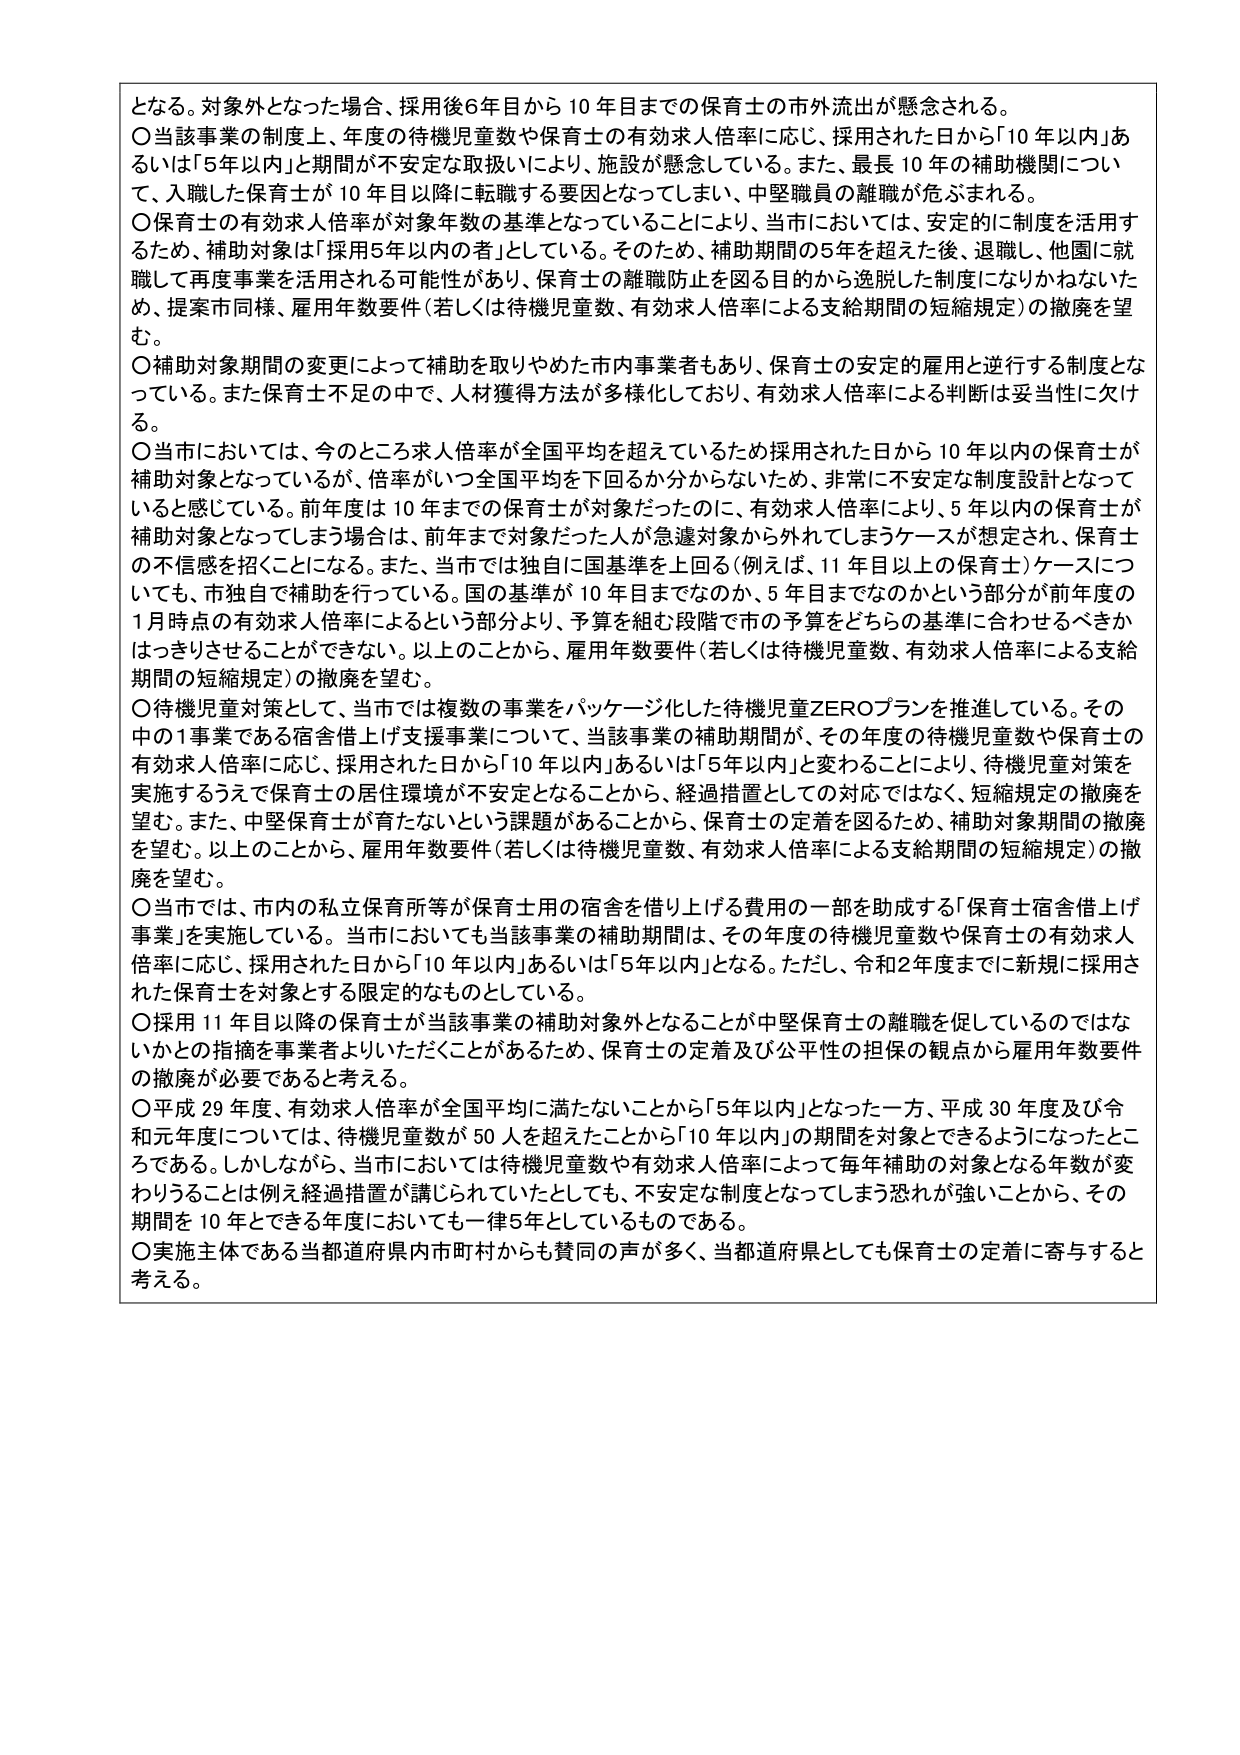
となる。対象外となった場合、採用後6年目から10年目までの保育士の市外流出が懸念される。
〇当該事業の制度上、年度の待機児童数や保育士の有効求人倍率に応じ、採用された日から「10年以内」あるいは「5年以内」期間が不安定な取扱いにより、施設が懸念している。また、最長10年の補助機関について、入職した保育士が10年目以降に転職する要因となっていまい、中堅職員の離職が危ぶまれる。
〇保育士の有効求人倍率が対象年数の基準となっていることにより、当市においては、安定的に制度を活用するため、補助対象は「採用5年以内の者」としている。そのため、補助期間の5年を超えた後、退職し、他園に就職して再度事業を活用される可能性があり、保育士の離職防止を図る目的から逸脱した制度になりかねないため、提案市同様、雇用年数要件（若しくは待機児童数、有効求人倍率による支給期間の短縮規定）の撤廃を望む。
〇補助対象期間の変更によって補助を取りやめた市内事業者もあり、保育士の安定的雇用と逆行する制度となっている。また保育士不足の中で、人材獲得方法が多様化しており、有効求人倍率による判断は妥当性に欠ける。
〇当市においては、今のところ求人倍率が全国平均を超えているため採用された日から10年以内の保育士が補助対象となっているが、倍率がいつ全国平均を下回るか分からないため、非常に不安定な制度設計となっていると感じている。前年度は10年までのが保育士が対象だったのに、有効求人倍率により、5年以内の保育士が補助対象となってしまう場合は、前年まで対象だった人が急遽対象から外れてしまうケースが想定され、保育士の不信感を招くことになる。また、当市では独自に国基準を上回る（例えば、11年目以上の保育士）ケースについても、市独自で補助を行っている。国の基準が10年目までなのか、5年目までなのかという部分が前年度の1月時点の有効求人倍率によるという部分より、予算を組む段階で市の予算をどちらの基準に合わせるべきかはっきりさせることができない。以上のことから、雇用年数要件（若しくは待機児童数、有効求人倍率による支給期間の短縮規定）の撤廃を望む。
〇待機児童対策として、当市では複数の事業をパッケージ化した待機児童ZEROプランを推進している。その中の1事業である宿舎借上げ支援事業について、当該事業の補助期間が、その年度の待機児童数や保育士の有効求人倍率に応じ、採用された日から「10年以内」あるいは「5年以内」と変更することにより、待機児童対策を実施するうえで保育士の居住環境が不安定となることから、経過措置としての対応ではなく、短縮規定の撤廃を望む。また、中堅保育士が育たないという課題があることから、保育士の定着を図るため、補助対象期間の撤廃を望む。以上のことから、雇用年数要件（若しくは待機児童数、有効求人倍率による支給期間の短縮規定）の撤廃を望む。
〇当市では、市内の私立保育所等が保育士用の宿舎を借り上げる費用の一部を助成する「保育士宿舎借上げ事業」を実施している。当市においても当該事業の補助期間は、その年度の待機児童数や保育士の有効求人倍率に応じ、採用された日から「10年以内」あるいは「5年以内」となる。ただし、令和2年度までに新規に採用された保育士を対象とする限定的なものとしている。
〇採用11年目以降の保育士が当該事業の補助対象外となることが中堅保育士の離職を促しているのではないかとの指摘を事業者よりいただくことがあるため、保育士の定着及び公平性の担保の観点から雇用年数要件の撤廃が必要であると考える。
〇平成29年度、有効求人倍率が全国平均に満たないことから「5年以内」となった一方、平成30年度及び令和元年度については、待機児童数が50人を超えたことから「10年以内」の期間を対象とするようになったところである。しかしながら、当市においては待機児童数や有効求人倍率によって毎年補助の対象となる年数が変わることは例え経過措置が講じられていたとしても、不安定な制度となってしまう恐れが強いことから、その期間を10年とできる年度においても一律5年としているものである。
〇実施主体である当都道府県内市町村からも賛同の声が多く、当都道府県としても保育士の定着に寄与すると考える。